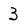
Character: 3